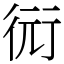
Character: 衏